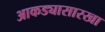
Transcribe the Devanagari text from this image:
आकड्यासारखा